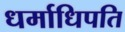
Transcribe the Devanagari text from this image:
धर्माधिपति